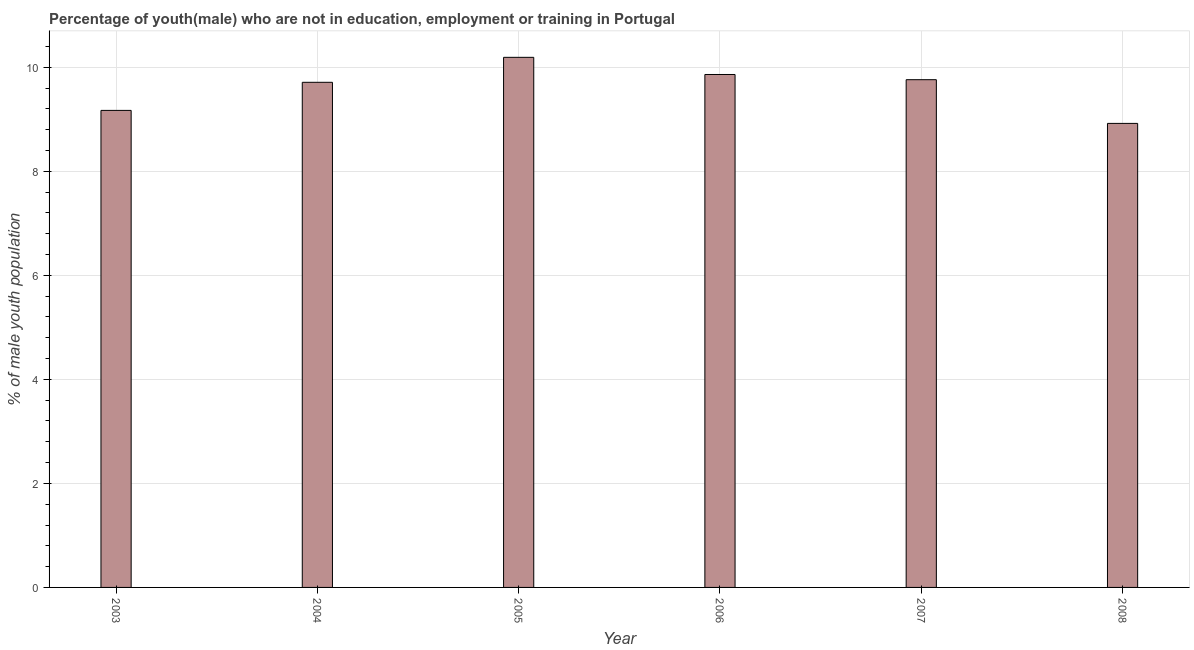
| Year | Unemployed(male) |
 | --- | --- |
 | 2003 | 9.17 |
 | 2004 | 9.71 |
 | 2005 | 10.2 |
 | 2006 | 9.86 |
 | 2007 | 9.76 |
 | 2008 | 8.92 |